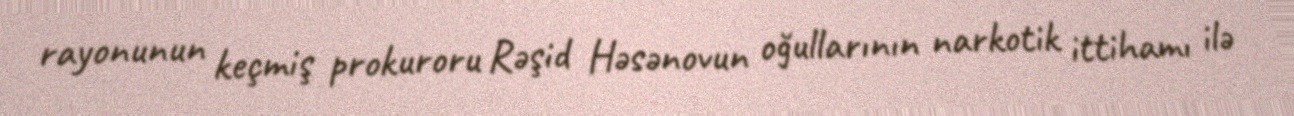
rayonunun keçmiş prokuroru Rəşid Həsənovun oğullarının narkotik ittihamı ilə